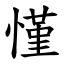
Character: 慬